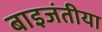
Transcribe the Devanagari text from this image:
बाइजंतीया